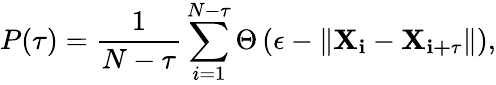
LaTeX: P(\tau)=\frac{1}{N-\tau}\sum_{i=1}^{N-\tau}\Theta\left(\epsilon-\left\| \mathbf{X_{i}}-\mathbf{X_{i+\tau}}\right\| \right),